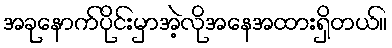
အခုနောက်ပိုင်းမှာအဲ့လိုအနေအထားရှိတယ်။